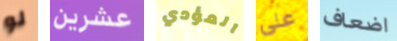
لو عشرين المؤدي علي اضعاف